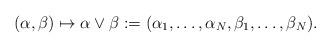
LaTeX: \begin{align*}(\alpha,\beta)\mapsto \alpha\vee\beta:=(\alpha_1,\ldots,\alpha_N,\beta_1,\ldots,\beta_N).\end{align*}